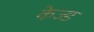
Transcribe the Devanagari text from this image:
केज्ड